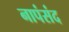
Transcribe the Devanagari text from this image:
नापंसंद